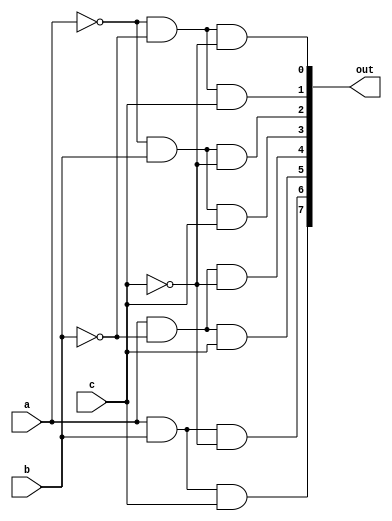
`timescale 1ns / 1ps
//////////////////////////////////////////////////////////////////////////////////
// Company: 
// Engineer: 
// 
// Design Name: 
// Module Name:    decoder 
// Project Name: 
// Target Devices: 
// Tool versions: 
// Description: 
//
// Dependencies: 
//
// Revision: 
// Revision 0.01 - File Created
// Additional Comments: 
//
//////////////////////////////////////////////////////////////////////////////////
module decoder(a, b, c, out);
    input a,b,c;
    output [7:0] out ;
    assign out [0] = (~a&~b&~c) ;
    assign out [1] =(~a&~b&c) ;
    assign out [2] =(~a&b&~c);
    assign out [3] = (~a&b&c);
    assign out [4] = (a&~b&~c);
    assign out [5] = (a&~b&c);
    assign out [6] = (a&b&~c);
    assign out [7] = (a&b&c);
    endmodule